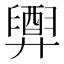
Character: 𢍲